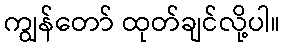
ကျွန်တော် ထုတ်ချင်လို့ပါ။